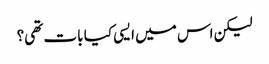
لیکن اس میں ایسی کیا بات تھی؟